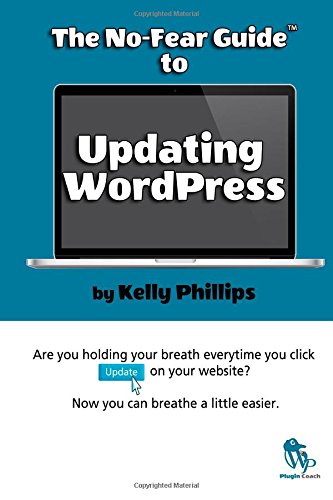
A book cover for The No-Fear Guide to Updating WordPress; Kelly Phillips; Computers & Technology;